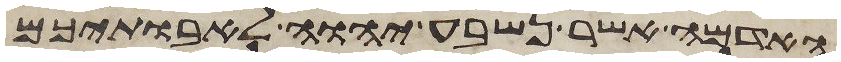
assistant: האדמה אשר נשבע יהוה לאבתיכם